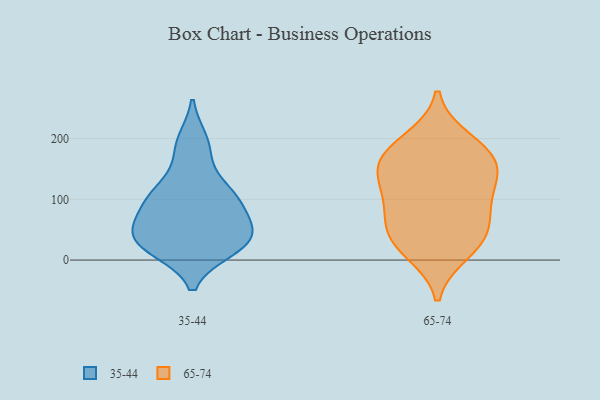
{"axis": {"x": "Budget (USD K)", "y": "Value"}, "legend": ["35-44", "65-74"], "data": [{"x": "", "y": 108, "type": "35-44"}, {"x": "", "y": 39, "type": "35-44"}, {"x": "", "y": 71, "type": "35-44"}, {"x": "", "y": 62, "type": "35-44"}, {"x": "", "y": 34, "type": "35-44"}, {"x": "", "y": 181, "type": "35-44"}, {"x": "", "y": 101, "type": "35-44"}, {"x": "", "y": 113, "type": "35-44"}, {"x": "", "y": 27, "type": "35-44"}, {"x": "", "y": 19, "type": "35-44"}, {"x": "", "y": 23, "type": "35-44"}, {"x": "", "y": 43, "type": "35-44"}, {"x": "", "y": 195, "type": "35-44"}, {"x": "", "y": 106, "type": "35-44"}, {"x": "", "y": 57, "type": "65-74"}, {"x": "", "y": 14, "type": "65-74"}, {"x": "", "y": 197, "type": "65-74"}, {"x": "", "y": 80, "type": "65-74"}, {"x": "", "y": 42, "type": "65-74"}, {"x": "", "y": 112, "type": "65-74"}, {"x": "", "y": 152, "type": "65-74"}, {"x": "", "y": 29, "type": "65-74"}, {"x": "", "y": 174, "type": "65-74"}, {"x": "", "y": 171, "type": "65-74"}, {"x": "", "y": 114, "type": "65-74"}, {"x": "", "y": 151, "type": "65-74"}]}